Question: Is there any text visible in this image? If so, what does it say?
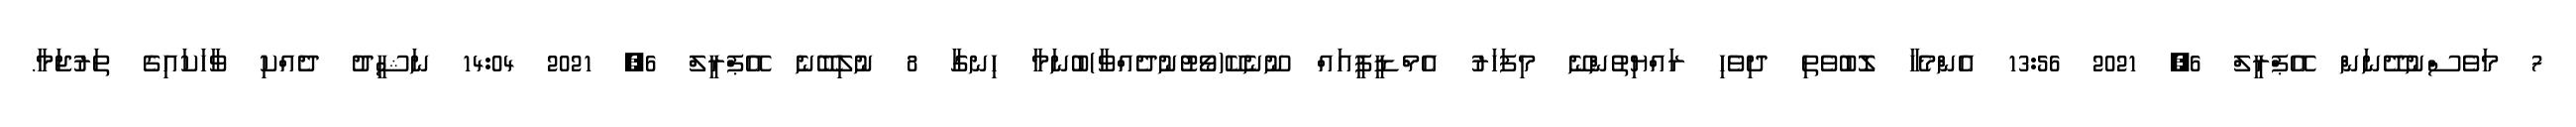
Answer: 7 މަވެސްނުދޭނަން އޭޕްރީލް 6, 2021 13:56 އެންމެހާ ލޮބުވެތި ދިވެހި ރައްޔިތުންނޭ މިފަހަރު އެމްޑީޕީއައް ނޫނެކޭ(ވޯޓުނުދެއްވާ)ބުނަމާ ހިނގާ 8 ނުލިބޭނެ އޭޕްރީލް 6, 2021 14:04 ނަޝީދު ދެއްކި ވާހަކައިގެ ތަރުޖަމާ.